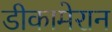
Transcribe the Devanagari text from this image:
डीकामेरान